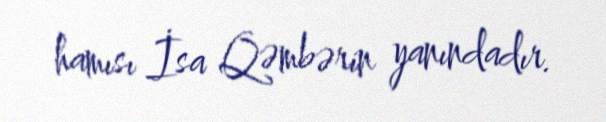
hamısı İsa Qəmbərin yanındadır.